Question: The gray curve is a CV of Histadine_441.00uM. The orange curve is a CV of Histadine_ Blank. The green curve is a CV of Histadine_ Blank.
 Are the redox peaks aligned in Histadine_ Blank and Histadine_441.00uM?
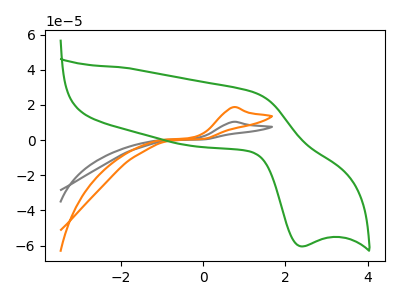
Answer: <think>The gray curve "Histadine_441.00uM" has an anodic peak at: (0.75V, 10.40uA). The orange curve "Histadine_ Blank" has an anodic peak at: (0.75V, 18.70uA). The green curve "Histadine_ Blank" has an anodic peak at (1.25V, 26.85uA) and a cathodic peak at (2.35V, -60.40uA).</think>
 <answer>Yes, "Histadine_ Blank" have a peak in "Histadine_441.00uM" at the same potential.</answer>
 <eval>match</eval>